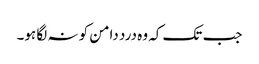
جب تک کہ وہ درد دامن کو نہ لگا ہو۔